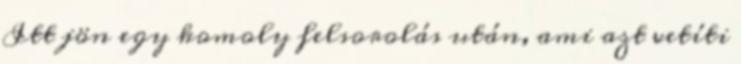
Itt jön egy komoly felsorolás után, ami azt vetíti